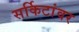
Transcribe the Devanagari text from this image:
सर्किटांवर